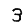
Digit: 3